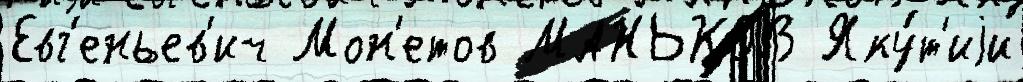
Евг'еньев'ич Мон'етов МАНЬКОВ Яку́т'иjи